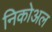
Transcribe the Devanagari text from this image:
निकोअल